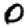
Digit: 0